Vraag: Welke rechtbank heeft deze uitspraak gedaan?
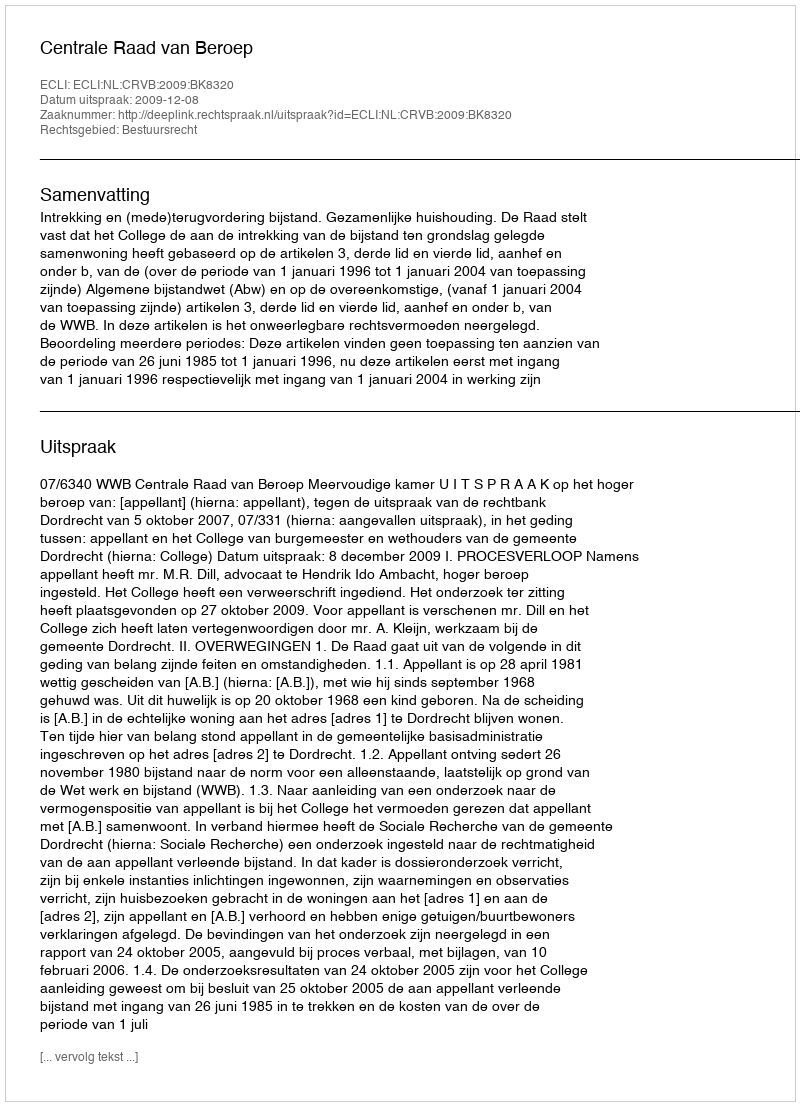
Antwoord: Centrale Raad van Beroep